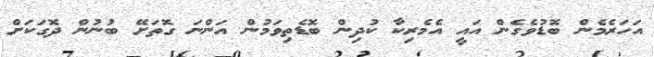
އަހަރެމެން ބޮޑުވެގެން އައީ އެމެރިކާ ކުދިން ބޮޑެތިވަމުން އަންނަ ގޮތަށޭ ބުނުން ދޮގަކަށް